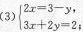
(3)$$\left\{ \begin{matrix} 2x=3-y, \\ 3x+2y=2; \end{matrix} \right$$